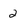
Character: 2